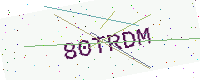
Text: 80TRDM